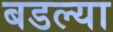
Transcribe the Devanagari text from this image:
बडल्या